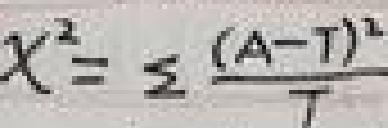
$\chi ^{2}=\sum\limits  \frac {(A - T)^{2}}{T}$